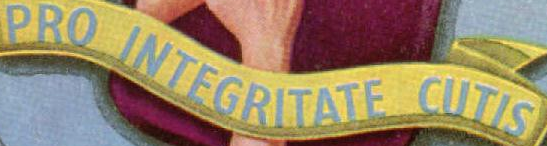
PRO INTEGRITATE CUTIS